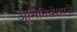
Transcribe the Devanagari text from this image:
अभिनिवेशाने